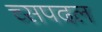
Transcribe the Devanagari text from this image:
च्सपदल